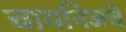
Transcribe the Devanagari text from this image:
चायनिजचे